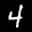
Label: 4